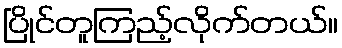
ပြိုင်တူကြည့်လိုက်တယ်။